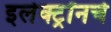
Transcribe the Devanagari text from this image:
इलेक्ट्रॉनचे